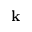
\textbf { k }